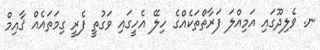
ނ. ވެލިދޫގައި އަމިއްލަ ފަރާތްތަކެއްގެ ހިލޭ އެހީގައި ވަގުތީ ފެރީ ގިމަތައެއް ޤާއިމް